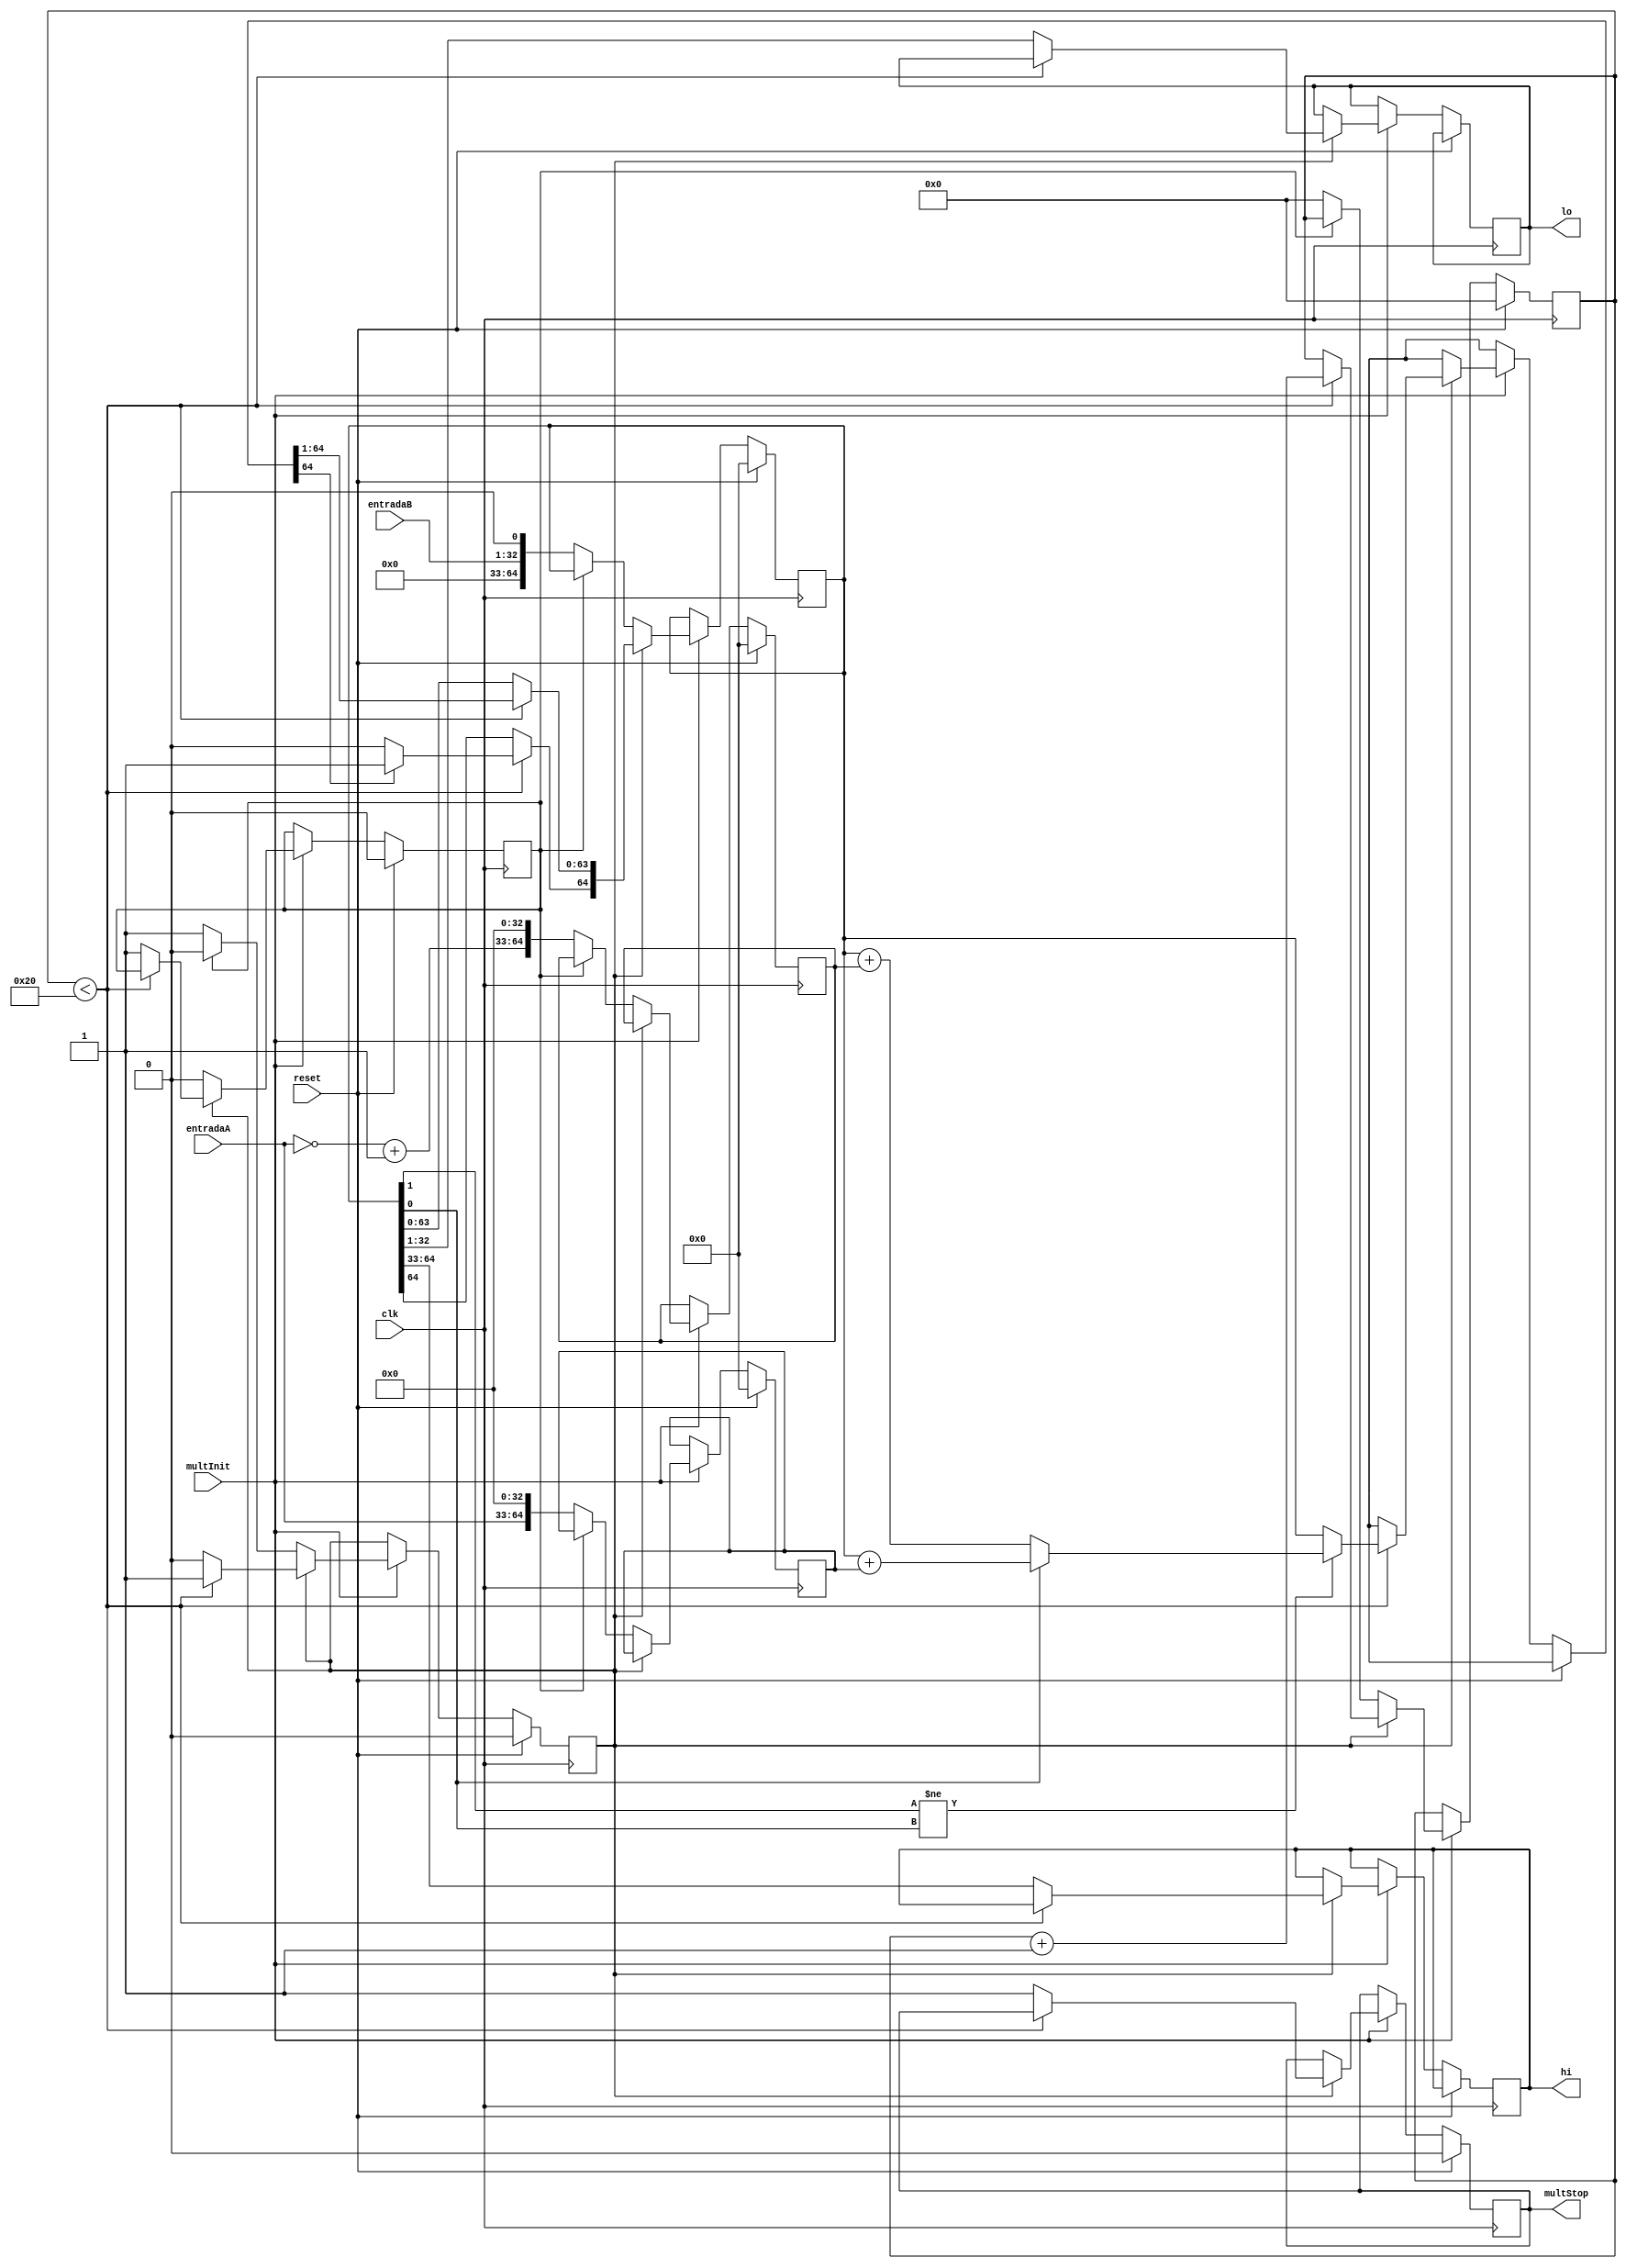
module mult(
    input wire [31:0] entradaA,
    input wire [31:0] entradaB,
    input wire clk,
    input wire reset,
    input wire multInit,

    output wire multStop,
    output reg [31:0] hi,
    output reg [31:0] lo
);
    reg [64:0] AeQeQ_1,m,complemento_2;
	reg [5:0] c;
	reg [31:0]complemento_2_65_bits;
	reg stop,runMult,fim;
	
    assign multStop = stop;
    always @(posedge clk) begin
		if(reset) begin
			AeQeQ_1 = 65'b0;
			m = 65'b0;
			complemento_2 = 65'b0;
			c = 6'b0;
			complemento_2_65_bits = 32'b0;
			runMult = 1'b0;
			fim = 1'b0;
			stop=0;
		end
    else begin
			if (multInit) begin
				if(runMult)begin
					if (c<6'b100000)begin
						if(AeQeQ_1[1]!=AeQeQ_1[0])begin
							if(AeQeQ_1[0]==0)begin //subracao por  isso usa temp pois ja e o complemento de 2
								AeQeQ_1=AeQeQ_1+ complemento_2;
							end
							else begin
								AeQeQ_1=AeQeQ_1+ m;
							end
						end
						AeQeQ_1=AeQeQ_1>>>1;
						if(AeQeQ_1[63]==1)begin
							AeQeQ_1[64]=1'b1;
						end
						c<=c+1;
					end
                    else begin
						hi = AeQeQ_1[64:33];
						lo = AeQeQ_1[32:1];
						runMult = 0;
						fim = 1;
						stop = 1;
					end
				end
				else begin
					if(fim==0)begin
						AeQeQ_1=AeQeQ_1+ m;
						AeQeQ_1<={32'b0,entradaB,1'b0};
						m = {entradaA[31:0], 33'b0};
						complemento_2_65_bits = ~entradaA + 32'b00000000000000000000000000000001;																			
						complemento_2 = {complemento_2_65_bits, 33'b0};
						c <= 6'b0;
						runMult=1'b1;
					end
					else begin
						fim=0;
					end
				end
			end
		end
	end
endmodule